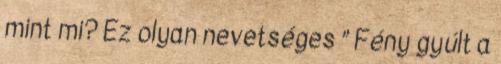
mint mi? Ez olyan nevetséges ” Fény gyúlt a